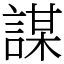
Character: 謀